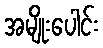
အမျိုးပေါင်း